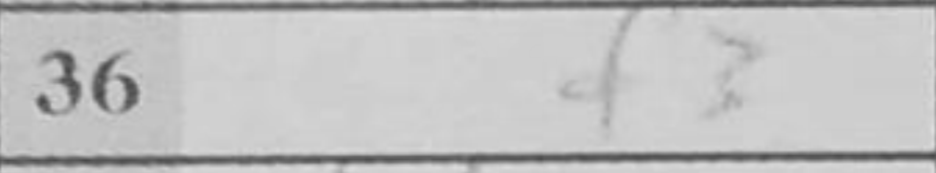
Transcription: f3